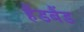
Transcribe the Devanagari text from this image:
हैंडबैंड